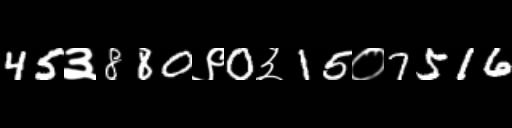
Text: 45३880९0३15०7516